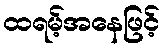
ထရမ့်အနေဖြင့်